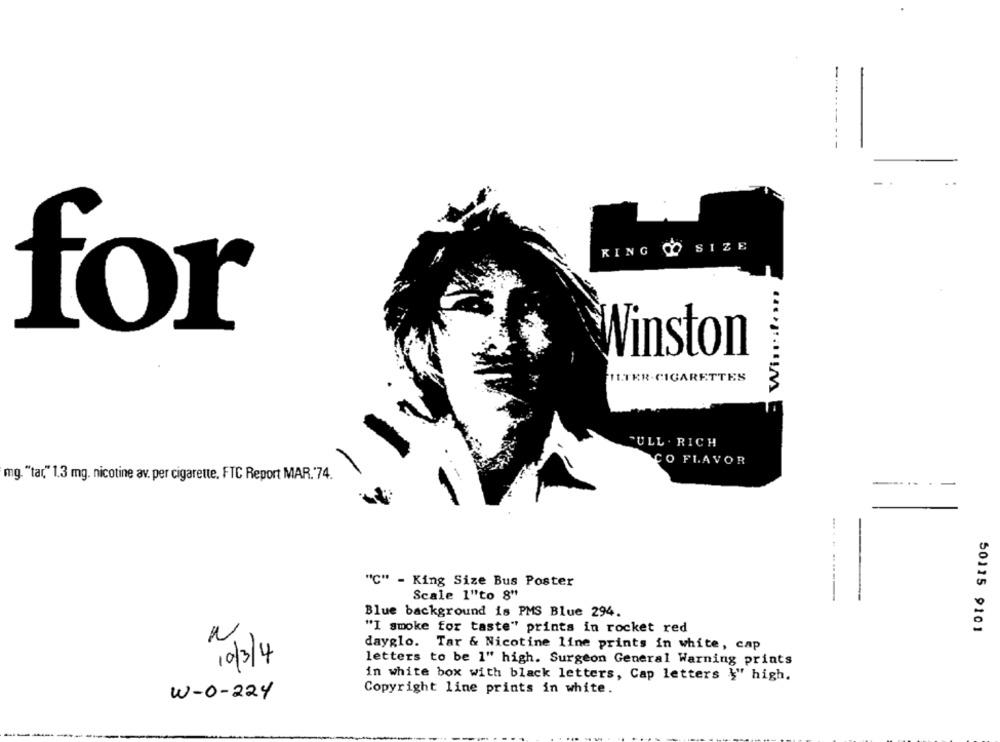
-....
-
KING
SIZE
for
Winston
FILTER.CIGARETTES
FULL . RICH
CO FLAVOR
mg. "tar" 1.3 mg. nicotine av. per cigarette, FTC Report MAR. 74.
-
"C" - King Size Bus Poster
Scale 1"to 8"
Blue background is PMS Blue 294.
"I smoke for taste" prints in rocket red
50115 9101
dayglo. Tar & Nicotine line prints in white, cap
10/3/4
letters to be 1" high. Surgeon General Warning prints
in white box with black letters, Cap letters }" high.
Copyright line prints in white.
W-0-224